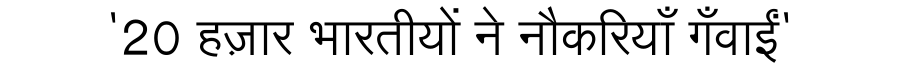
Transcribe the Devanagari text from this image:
'20 हज़ार भारतीयों ने नौकरियाँ गँवाईं'